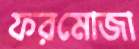
ফরমোজা